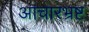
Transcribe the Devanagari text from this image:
आचारभ्रष्ट